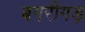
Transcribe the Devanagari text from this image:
बगरीगड़